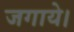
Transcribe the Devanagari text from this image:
जगाये।